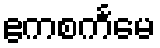
ဧကစင်္ကမေ